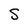
Character: S